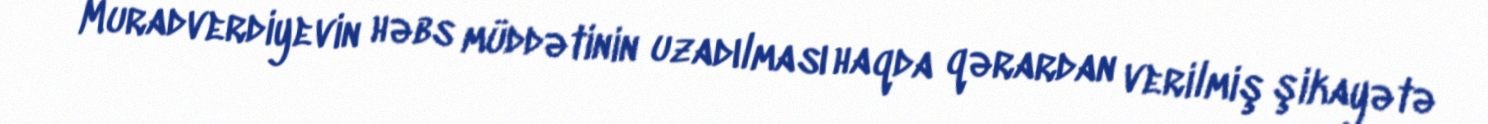
Muradverdiyevin həbs müddətinin uzadılması haqda qərardan verilmiş şikayətə